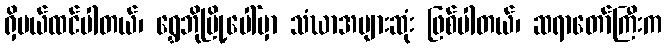
ရှိမယ်ထင်ပါတယ်၊ ရွှေဘိုမြို့ပေါ်မှာ သံဃာအများဆုံး ဖြစ်ပါတယ်၊ ဆရာတော်ကြီးက